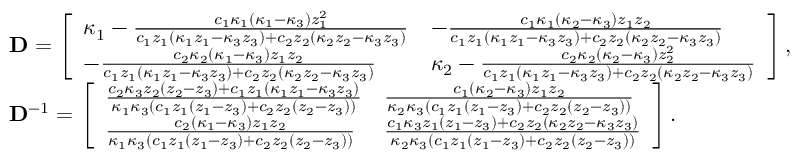
\begin{array} { r l } & { \mathbf { D } = \left[ \begin{array} { l l } { \kappa _ { 1 } - \frac { c _ { 1 } \kappa _ { 1 } \left( \kappa _ { 1 } - \kappa _ { 3 } \right) z _ { 1 } ^ { 2 } } { c _ { 1 } z _ { 1 } \left( \kappa _ { 1 } z _ { 1 } - \kappa _ { 3 } z _ { 3 } \right) + c _ { 2 } z _ { 2 } \left( \kappa _ { 2 } z _ { 2 } - \kappa _ { 3 } z _ { 3 } \right) } } & { - \frac { c _ { 1 } \kappa _ { 1 } \left( \kappa _ { 2 } - \kappa _ { 3 } \right) z _ { 1 } z _ { 2 } } { c _ { 1 } z _ { 1 } \left( \kappa _ { 1 } z _ { 1 } - \kappa _ { 3 } z _ { 3 } \right) + c _ { 2 } z _ { 2 } \left( \kappa _ { 2 } z _ { 2 } - \kappa _ { 3 } z _ { 3 } \right) } } \\ { - \frac { c _ { 2 } \kappa _ { 2 } \left( \kappa _ { 1 } - \kappa _ { 3 } \right) z _ { 1 } z _ { 2 } } { c _ { 1 } z _ { 1 } \left( \kappa _ { 1 } z _ { 1 } - \kappa _ { 3 } z _ { 3 } \right) + c _ { 2 } z _ { 2 } \left( \kappa _ { 2 } z _ { 2 } - \kappa _ { 3 } z _ { 3 } \right) } } & { \kappa _ { 2 } - \frac { c _ { 2 } \kappa _ { 2 } \left( \kappa _ { 2 } - \kappa _ { 3 } \right) z _ { 2 } ^ { 2 } } { c _ { 1 } z _ { 1 } \left( \kappa _ { 1 } z _ { 1 } - \kappa _ { 3 } z _ { 3 } \right) + c _ { 2 } z _ { 2 } \left( \kappa _ { 2 } z _ { 2 } - \kappa _ { 3 } z _ { 3 } \right) } } \end{array} \right] , } \\ & { \mathbf { D } ^ { - 1 } = \left[ \begin{array} { l l } { \frac { c _ { 2 } \kappa _ { 3 } z _ { 2 } \left( z _ { 2 } - z _ { 3 } \right) + c _ { 1 } z _ { 1 } \left( \kappa _ { 1 } z _ { 1 } - \kappa _ { 3 } z _ { 3 } \right) } { \kappa _ { 1 } \kappa _ { 3 } \left( c _ { 1 } z _ { 1 } \left( z _ { 1 } - z _ { 3 } \right) + c _ { 2 } z _ { 2 } \left( z _ { 2 } - z _ { 3 } \right) \right) } } & { \frac { c _ { 1 } \left( \kappa _ { 2 } - \kappa _ { 3 } \right) z _ { 1 } z _ { 2 } } { \kappa _ { 2 } \kappa _ { 3 } \left( c _ { 1 } z _ { 1 } \left( z _ { 1 } - z _ { 3 } \right) + c _ { 2 } z _ { 2 } \left( z _ { 2 } - z _ { 3 } \right) \right) } } \\ { \frac { c _ { 2 } \left( \kappa _ { 1 } - \kappa _ { 3 } \right) z _ { 1 } z _ { 2 } } { \kappa _ { 1 } \kappa _ { 3 } \left( c _ { 1 } z _ { 1 } \left( z _ { 1 } - z _ { 3 } \right) + c _ { 2 } z _ { 2 } \left( z _ { 2 } - z _ { 3 } \right) \right) } } & { \frac { c _ { 1 } \kappa _ { 3 } z _ { 1 } \left( z _ { 1 } - z _ { 3 } \right) + c _ { 2 } z _ { 2 } \left( \kappa _ { 2 } z _ { 2 } - \kappa _ { 3 } z _ { 3 } \right) } { \kappa _ { 2 } \kappa _ { 3 } \left( c _ { 1 } z _ { 1 } \left( z _ { 1 } - z _ { 3 } \right) + c _ { 2 } z _ { 2 } \left( z _ { 2 } - z _ { 3 } \right) \right) } } \end{array} \right] . } \end{array}